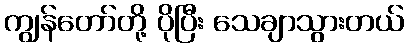
ကျွန်တော်တို့ ပိုပြီး သေချာသွားတယ်